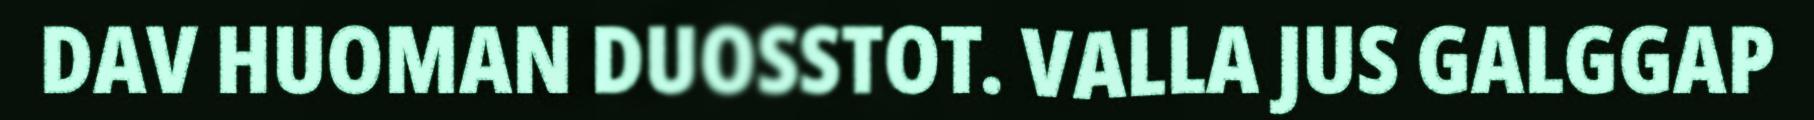
DAV HUOMAN DUOSSTOT. VALLA JUS GALGGAP